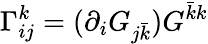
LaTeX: \Gamma_{ij}^{k}=(\partial_{i}G_{j{\bar{k}}})G^{{\bar{k}}k}